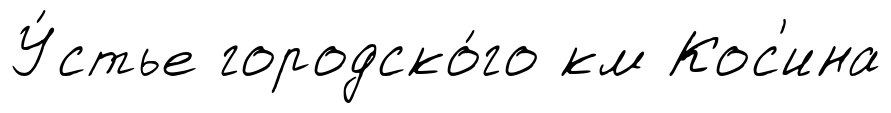
У́стье городско́го км Кос'ина